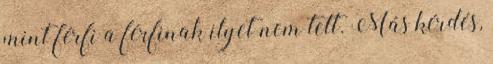
mint férfi a férfinak ilyet nem tett. Más kérdés,